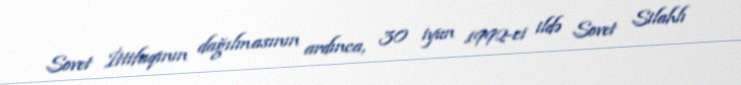
Sovet İttifaqının dağılmasının ardınca, 30 iyun 1992-ci ildə Sovet Silahlı